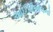
આઈપીએલનો